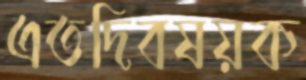
এতদিবষয়ক